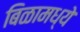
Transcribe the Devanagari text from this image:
बिळामध्ये